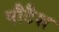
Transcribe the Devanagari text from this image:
पौटैश